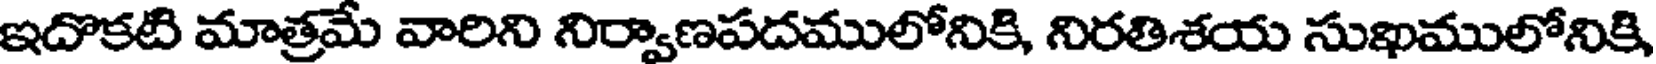
ఇదొకటి మాత్రమే వారిని నిర్వాణపదములోనికి, నిరతిశయ సుఖములోనికి